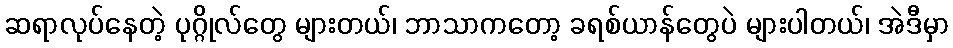
ဆရာလုပ်နေတဲ့ ပုဂ္ဂိုလ်တွေ များတယ်၊ ဘာသာကတော့ ခရစ်ယာန်တွေပဲ များပါတယ်၊ အဲဒီမှာ